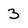
Character: 3